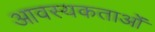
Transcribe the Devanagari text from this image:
आवस्यकताओं